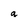
Character: a